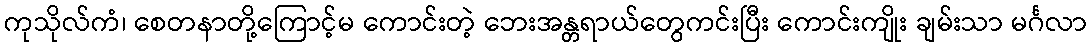
ကုသိုလ်ကံ၊ စေတနာတို့ကြောင့်မ ကောင်းတဲ့ ဘေးအန္တရာယ်တွေကင်းပြီး ကောင်းကျိုး ချမ်းသာ မင်္ဂလာ